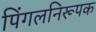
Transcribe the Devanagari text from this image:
पिंगलनिरूपक